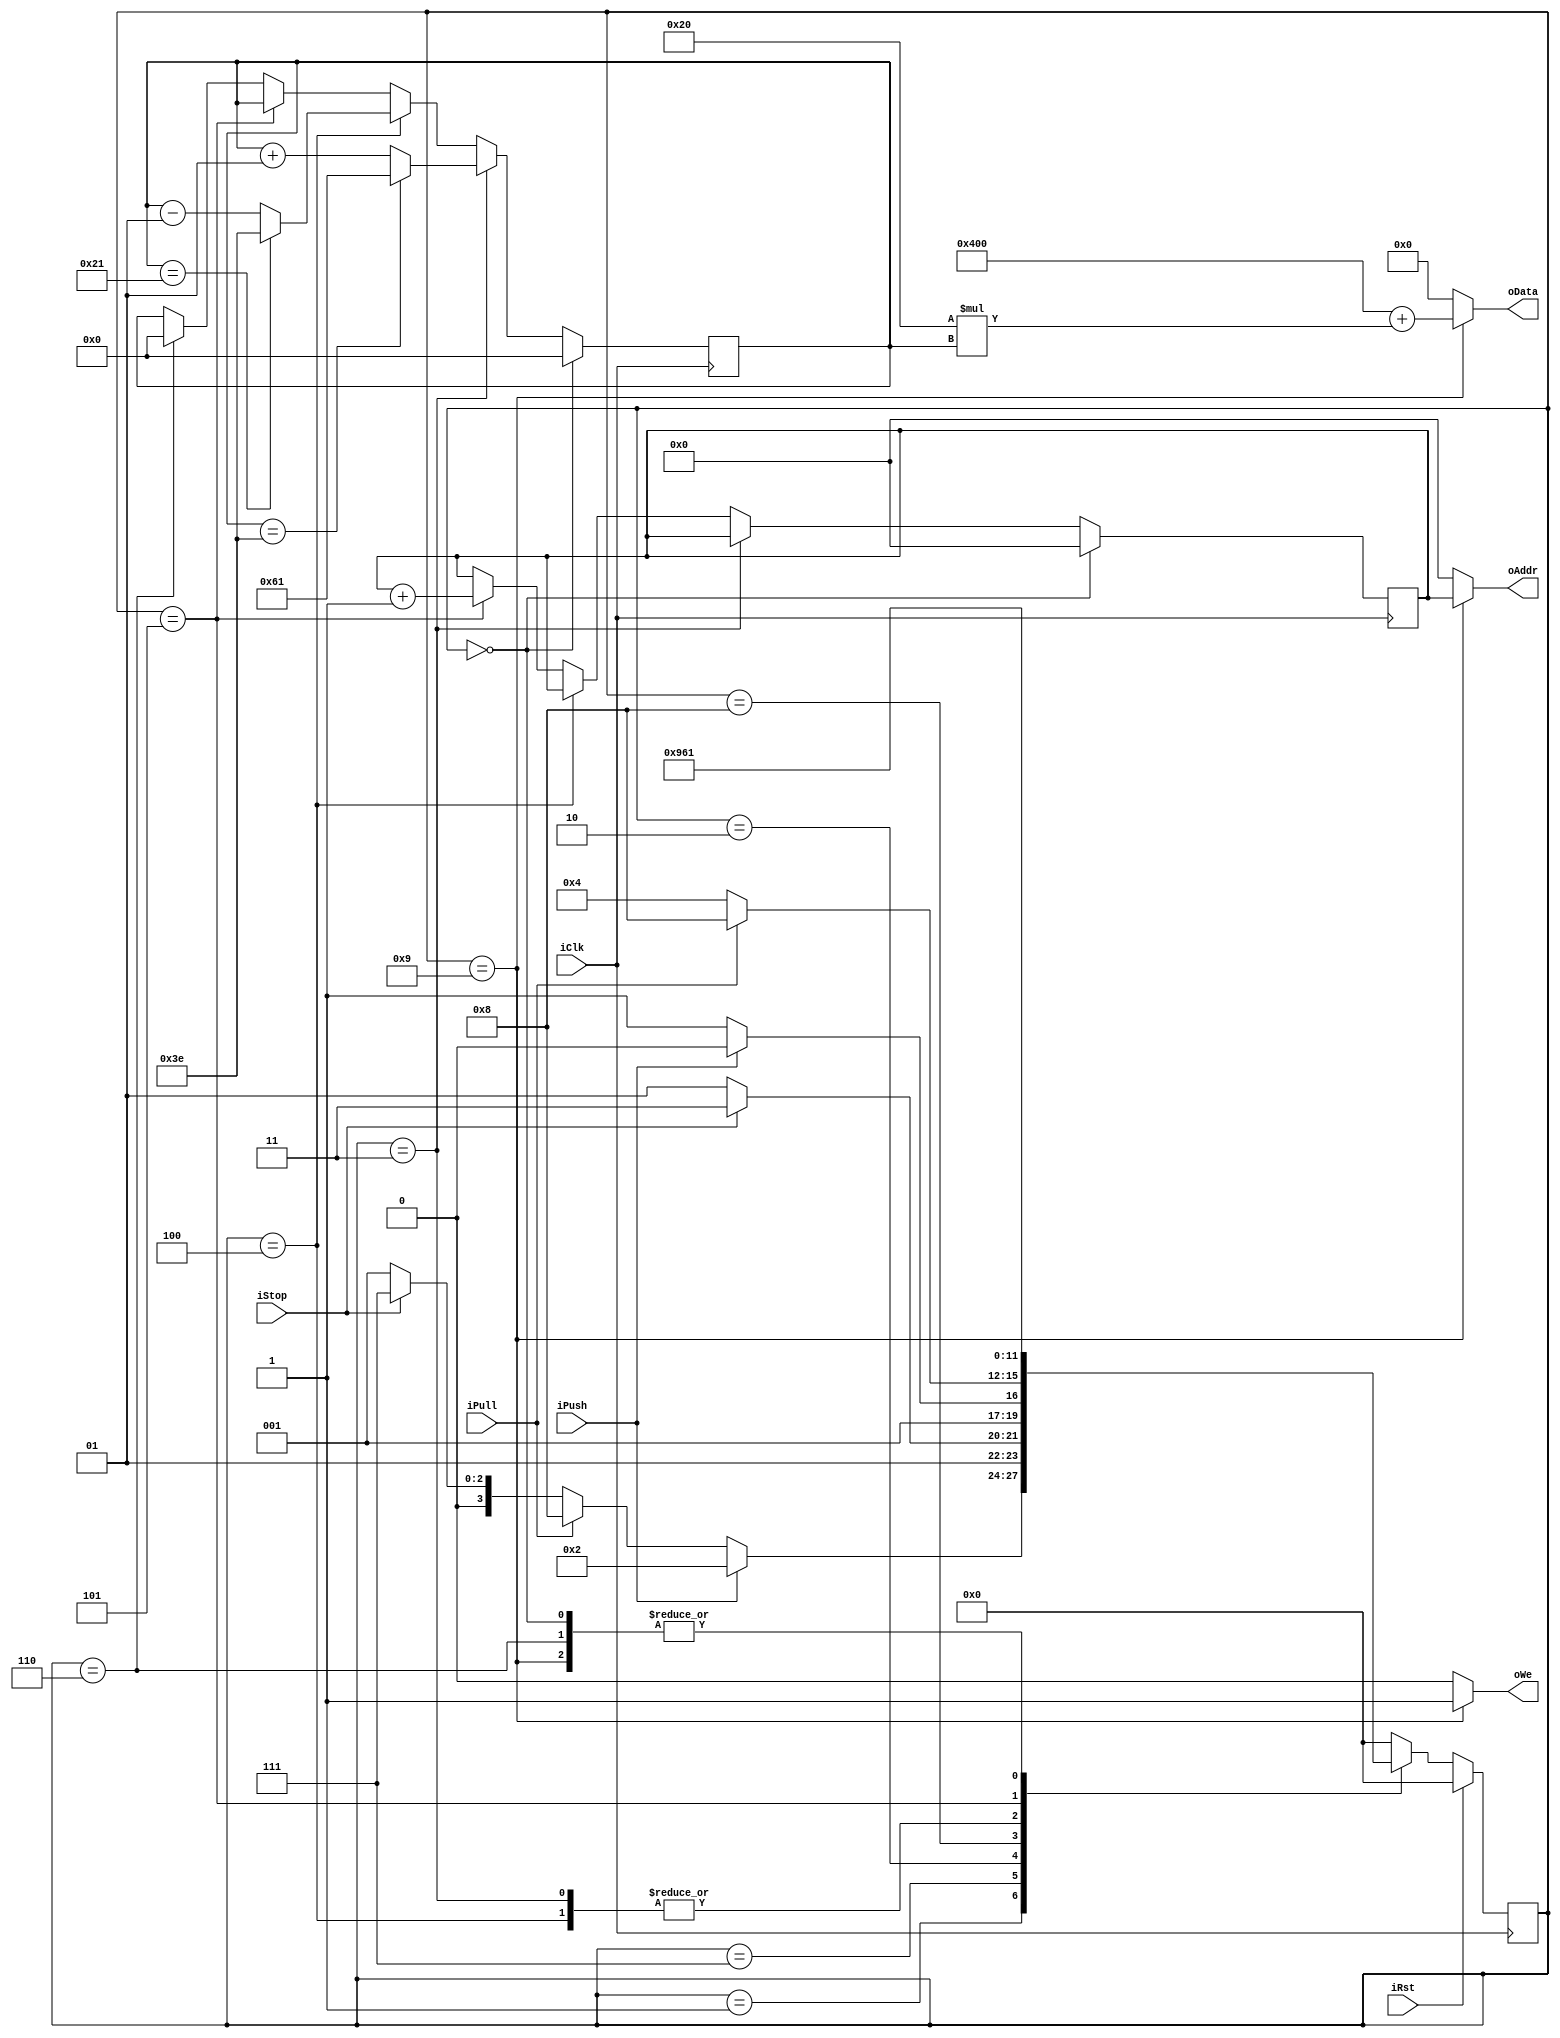
`timescale 1ns / 1ps
//////////////////////////////////////////////////////////////////////////////////
// Company: Group T
// 
// Design Name: num_capture_4bit
// Module Name: num_capture_4bit
// Project Name: num_capture_4bit
// Target Devices: -
// Tool Versions: -
// Description: This is the FSM module. it connects to Port B of the 
// ScreenBufferMem, in order to update which characters
// are displayed on the screen and at which position.
// 
// Dependencies: -
// 
// Revision:-
// Revision 0.01 - File Created
// Additional Comments: This file has been rewritten after the
// toggling LED project.
// 
//////////////////////////////////////////////////////////////////////////////////


module num_capture_4bit(

    // MODULE SUMMARY:
    //
    // The design has 5 inputs: iClk (25 MHz), 
    // iRst (connected to push button BTN3), iPush (connected to
    // push button BTN1), iPull (connected to push button BTN2) 
    // and iStop (connected to push button BTN3).
    
    // The module outputs a data stream (oData) that can access all the 
    // ASCII adresses in the memory file. And a memory address (oAddr) 
    // that maps one of the 600 possible cells on the screen.
    // 
    // Thus, for the final assignment we'll have as outputs:
    // oAddr - one of the 600 cells that can hold a character on the screen
    // oData - the number that corresponds to the first line of a character
    //         in the ASCII memory file.
    // oWe   - Write enable to write to ScreenBufferMem
    
    input   wire       iClk, iRst, iPush, iPull, iStop,
    output  wire[9:0]  oAddr,
    output  wire[11:0] oData,
    output  wire       oWe        
    );
    
    // 0. DEFINITION OF FSM STATES:
    //
    localparam sInit      = 4'b0000; // s0
    localparam sIdle      = 4'b0001; // s1
    localparam sPush      = 4'b0010; // s2
    localparam sChange    = 4'b0011; // s3
    localparam sUnChange  = 4'b0100; // s4
    localparam sAddr      = 4'b0101; // s5
    localparam sRstNum    = 4'b0110; // s6
    localparam sSet       = 4'b0111; // s7
    localparam sPull      = 4'b1000; // s8
    localparam sData      = 4'b1001; // s9
    
    // 1. FSM STATE REGISTERS:
    // with synchronous reset
    //
    reg[3:0] rFSM_current, wFSM_next;
    
    always @(posedge iClk)
    begin
        if (iRst == 1)
            rFSM_current <= sInit;
        else
            rFSM_current <= wFSM_next;
    end
    
    // 2. NEXT STATE LOGIC:
    //  defines the value of wFSM_next
    //  in function of inputs and rFSM_current
    //
    always @(*)
    begin
        case (rFSM_current)
    
            sInit:    wFSM_next <= sIdle;
      
            // Wait for action state
            sIdle:      if (iPush == 1)
                            wFSM_next <= sPush;
                      
                        else if (iPull == 1)
                            wFSM_next <= sPull;  
                      
                        else if (iStop == 1)
                            wFSM_next <= sSet;
               
                        else
                            wFSM_next <= sIdle;
            
            // Intermediate state for incrementing rAddr after sIdle
            sSet:       if (iStop == 0)
                            wFSM_next <= sAddr;
                        
                        else
                            wFSM_next <= sSet;
                          
            // Intermediate state for incrementing rNumber sIdle  
            sPush:      if (iPush == 0)
                            wFSM_next <= sChange;
                        
                        else
                            wFSM_next <= sPush;
            
            // Intermediate state for decrementing rNumber sIdle
            sPull:      if (iPull == 0)
                            wFSM_next <= sUnChange;
                        
                        else
                            wFSM_next <= sPull; 
            
            // rNumber +1 Change state after sPush    
            sChange:    wFSM_next <= sData;
            
            // rNumber -1 Change state after sPull
            sUnChange:  wFSM_next <= sData;
            
            // Data output state after (Un)Change state
            sData:      wFSM_next <= sIdle;
            
            // Address +1 Change state after sSet          
            sAddr:      wFSM_next <= sRstNum;
            
            // Sets rNumber back to 0 after sAddr
            sRstNum:    wFSM_next <= sIdle;
                             
            default:    wFSM_next <= sInit;
        endcase
  end
  
  // 3. OUTPUT LOGIC:
  //
  // CHARACTER COUNTER REGISTERS
  //
  // This register pair keeps track of the number of inputs on the iPush 
  // or iPull buttons. In contrast to the LED 
  // toggling example, this register is now 7-bits long such that it
  // can be used to calculate any of the 94 characters in the ASCII memory file.
  // 
  reg signed [6:0] rNumberCurr, rNumberNext;
  
  // ADDRESS COUNTER & WRITE ENABLE REGISTERs
  //
  reg[9:0] rAddr;
  reg rWe;
  
  // START OF SYNCHRONOUS OPPERATIONS 
  //
  always @(posedge iClk)
  begin
    // It would probably make more sense if it 
    // was rNumberNext <= rNumberCurr but I won't change it
    rNumberCurr <= rNumberNext;
  end
  
  always @(posedge iClk)
  begin
  
    // Reset the all registers @ sInit
    if (rFSM_current == sInit)
    begin
        rNumberNext <= 0;
        rAddr <= 0;
        rWe   <= 0;
    end
    
    // Increment rNumberNext @ sChange
    else if (rFSM_current == sChange)
        // Make sure the counter doesn't overflow
        // if so set it to 0
        if(rNumberNext == 62)
            rNumberNext <= -31;
        else
            rNumberNext <= rNumberNext + 1;
            
    // Decrement rNumberNext @ sUnchange
    // if so set it to 0
    else if (rFSM_current == sUnChange)
        if(rNumberNext == -31)
            rNumberNext <= 62;
        else
            rNumberNext <= rNumberNext - 1;
    
    // Incrment rAddr on charcter selection @ sAddr
    else if (rFSM_current == sAddr)
        rAddr <= rAddr + 1;
    
    // Make sure to reset rNumberCurr at new Addr position
    // after sAdrr   
    else if (rFSM_current == sRstNum)
        rNumberNext <= 0;
    
    // Register value for Output assignment
    else
        rNumberCurr <= rNumberNext;
  end
  //
  // END OF SYNCHRONOUS OPPERATIONS 
  
  // START OF ASYNCHRONOUS OPPERATIONS
  //
  // Init table position at '@' symbol to avoid
  // having to press too many times.
  localparam tablepos = 1024;
 
  // Convert the number from 0 - 94 to address line number in memory file
  assign oData =  (rFSM_current == sData)? tablepos + 32 * rNumberNext : 0;
  assign oAddr =  (rFSM_current == sData)? rAddr : 0;
  // Equivalent to sychronous assignment:
  // if (rFSM_current == sData) : rWe   <= 1;
  assign oWe   =  (rFSM_current == sData)? 1 : 0;
  //
  // END OF ASYNCHRONOUS OPPERATIONS
  
endmodule